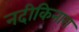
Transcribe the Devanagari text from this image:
नदीकिनारा